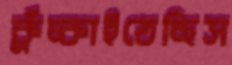
কুঁচ্‌কাইতেছিস